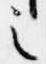
之